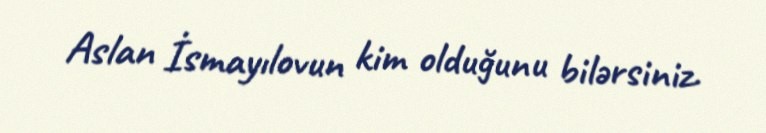
Aslan İsmayılovun kim olduğunu bilərsiniz.